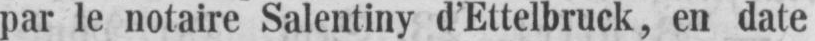
par le notaire Salentiny d’Ettelbruck, en date